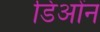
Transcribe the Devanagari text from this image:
डिओंन